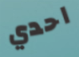
احدي